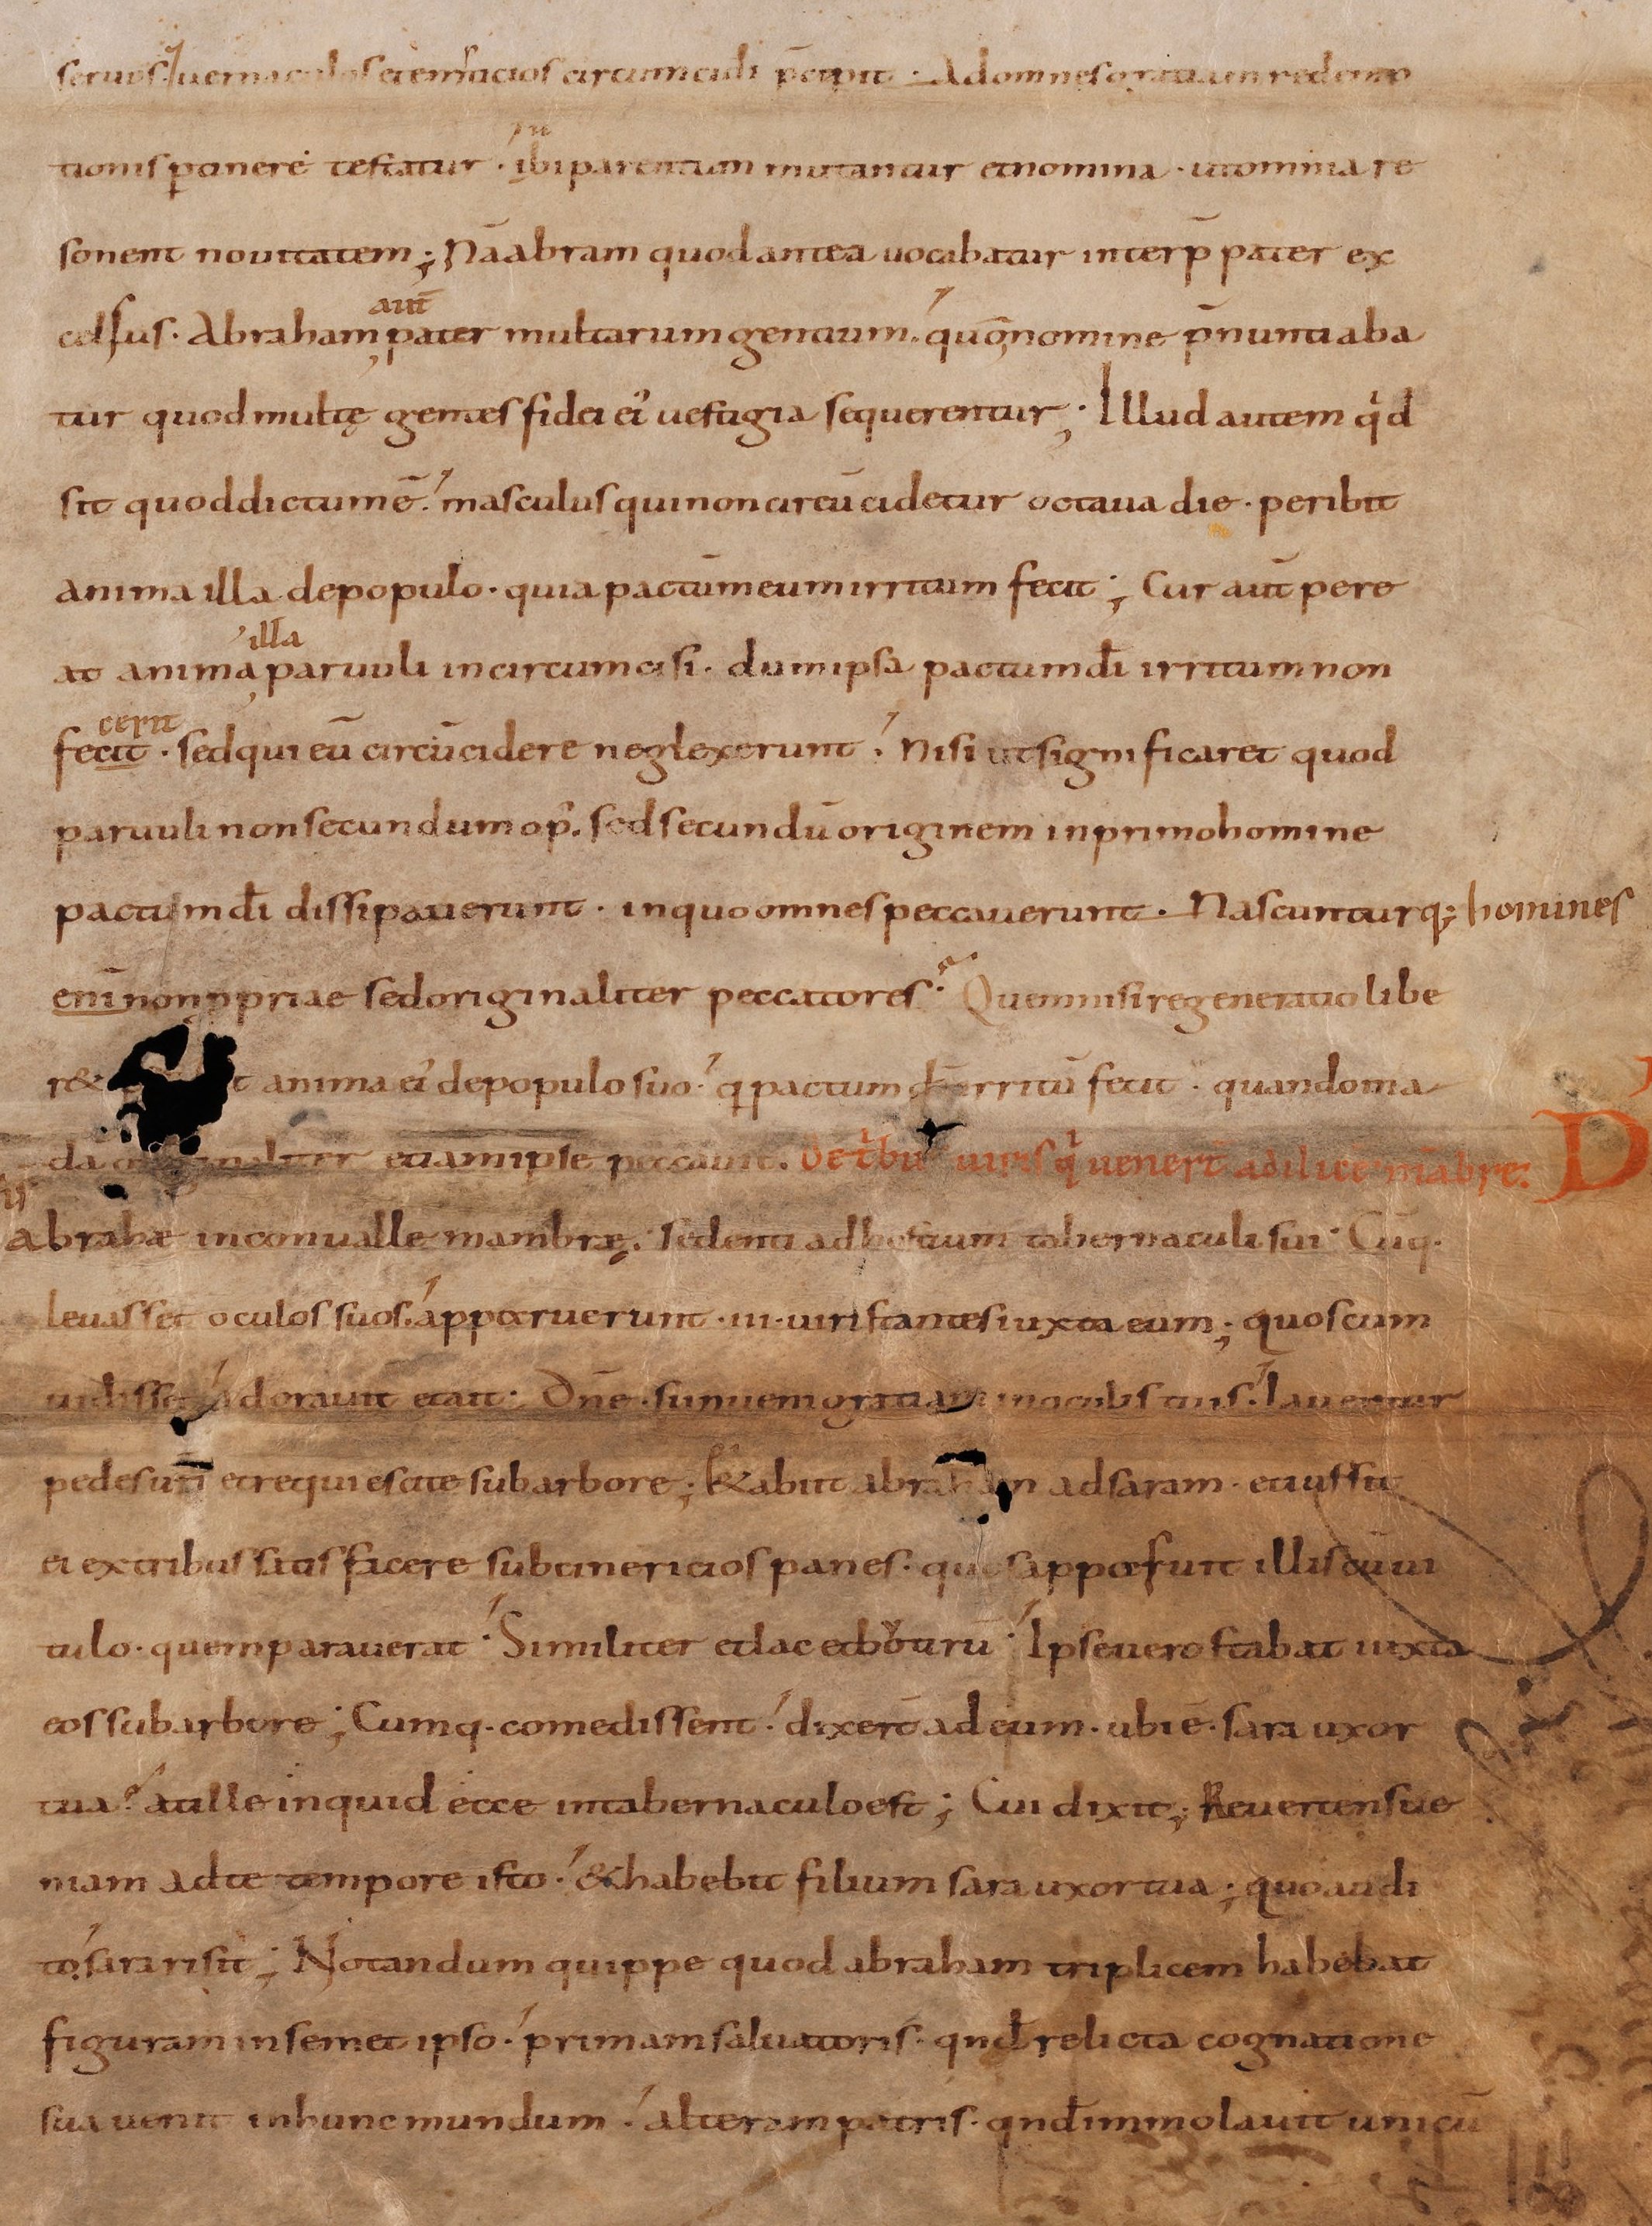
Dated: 895–935